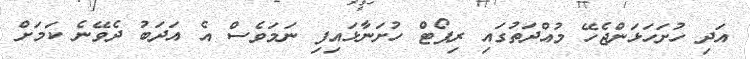
އަދި ހުށަހަޅަންޖެހޭ މުއްދަތުގައި ރިޕޯޓް ހުށަނާޅައިފި ނަމަވެސް އެ އަދަބު ދެވޭނެ ކަމަށް